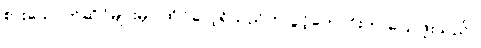
စားသောက်ဆိုင်များမှာ ထိုင်လေ့ရှိသည်ဟု ပွင့်ကောင်းက ပြောဖူးသည်။